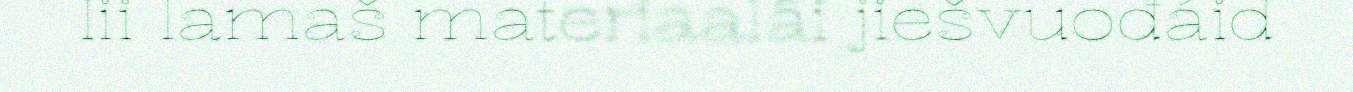
lii lamaš materiaalâi jiešvuođáid